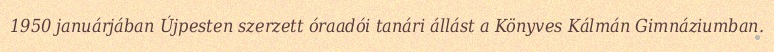
1950 januárjában Újpesten szerzett óraadói tanári állást a Könyves Kálmán Gimnáziumban.